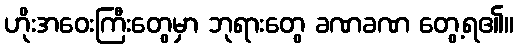
ဟိုးအဝေးကြီးတွေမှာ ဘုရားတွေ ခဏခဏ တွေ့ရ၏။